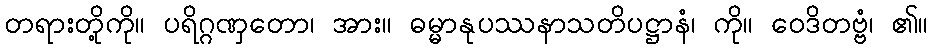
တရားတို့ကို။ ပရိဂ္ဂဏှတော၊ အား။ ဓမ္မာနုပဿနာသတိပဋ္ဌာနံ၊ ကို။ ဝေဒိတဗ္ဗံ၊ ၏။